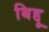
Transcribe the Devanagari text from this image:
बिद्दू